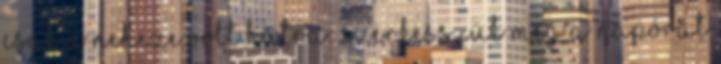
csak a neheze volt hátra: szerkesszük meg a napórát